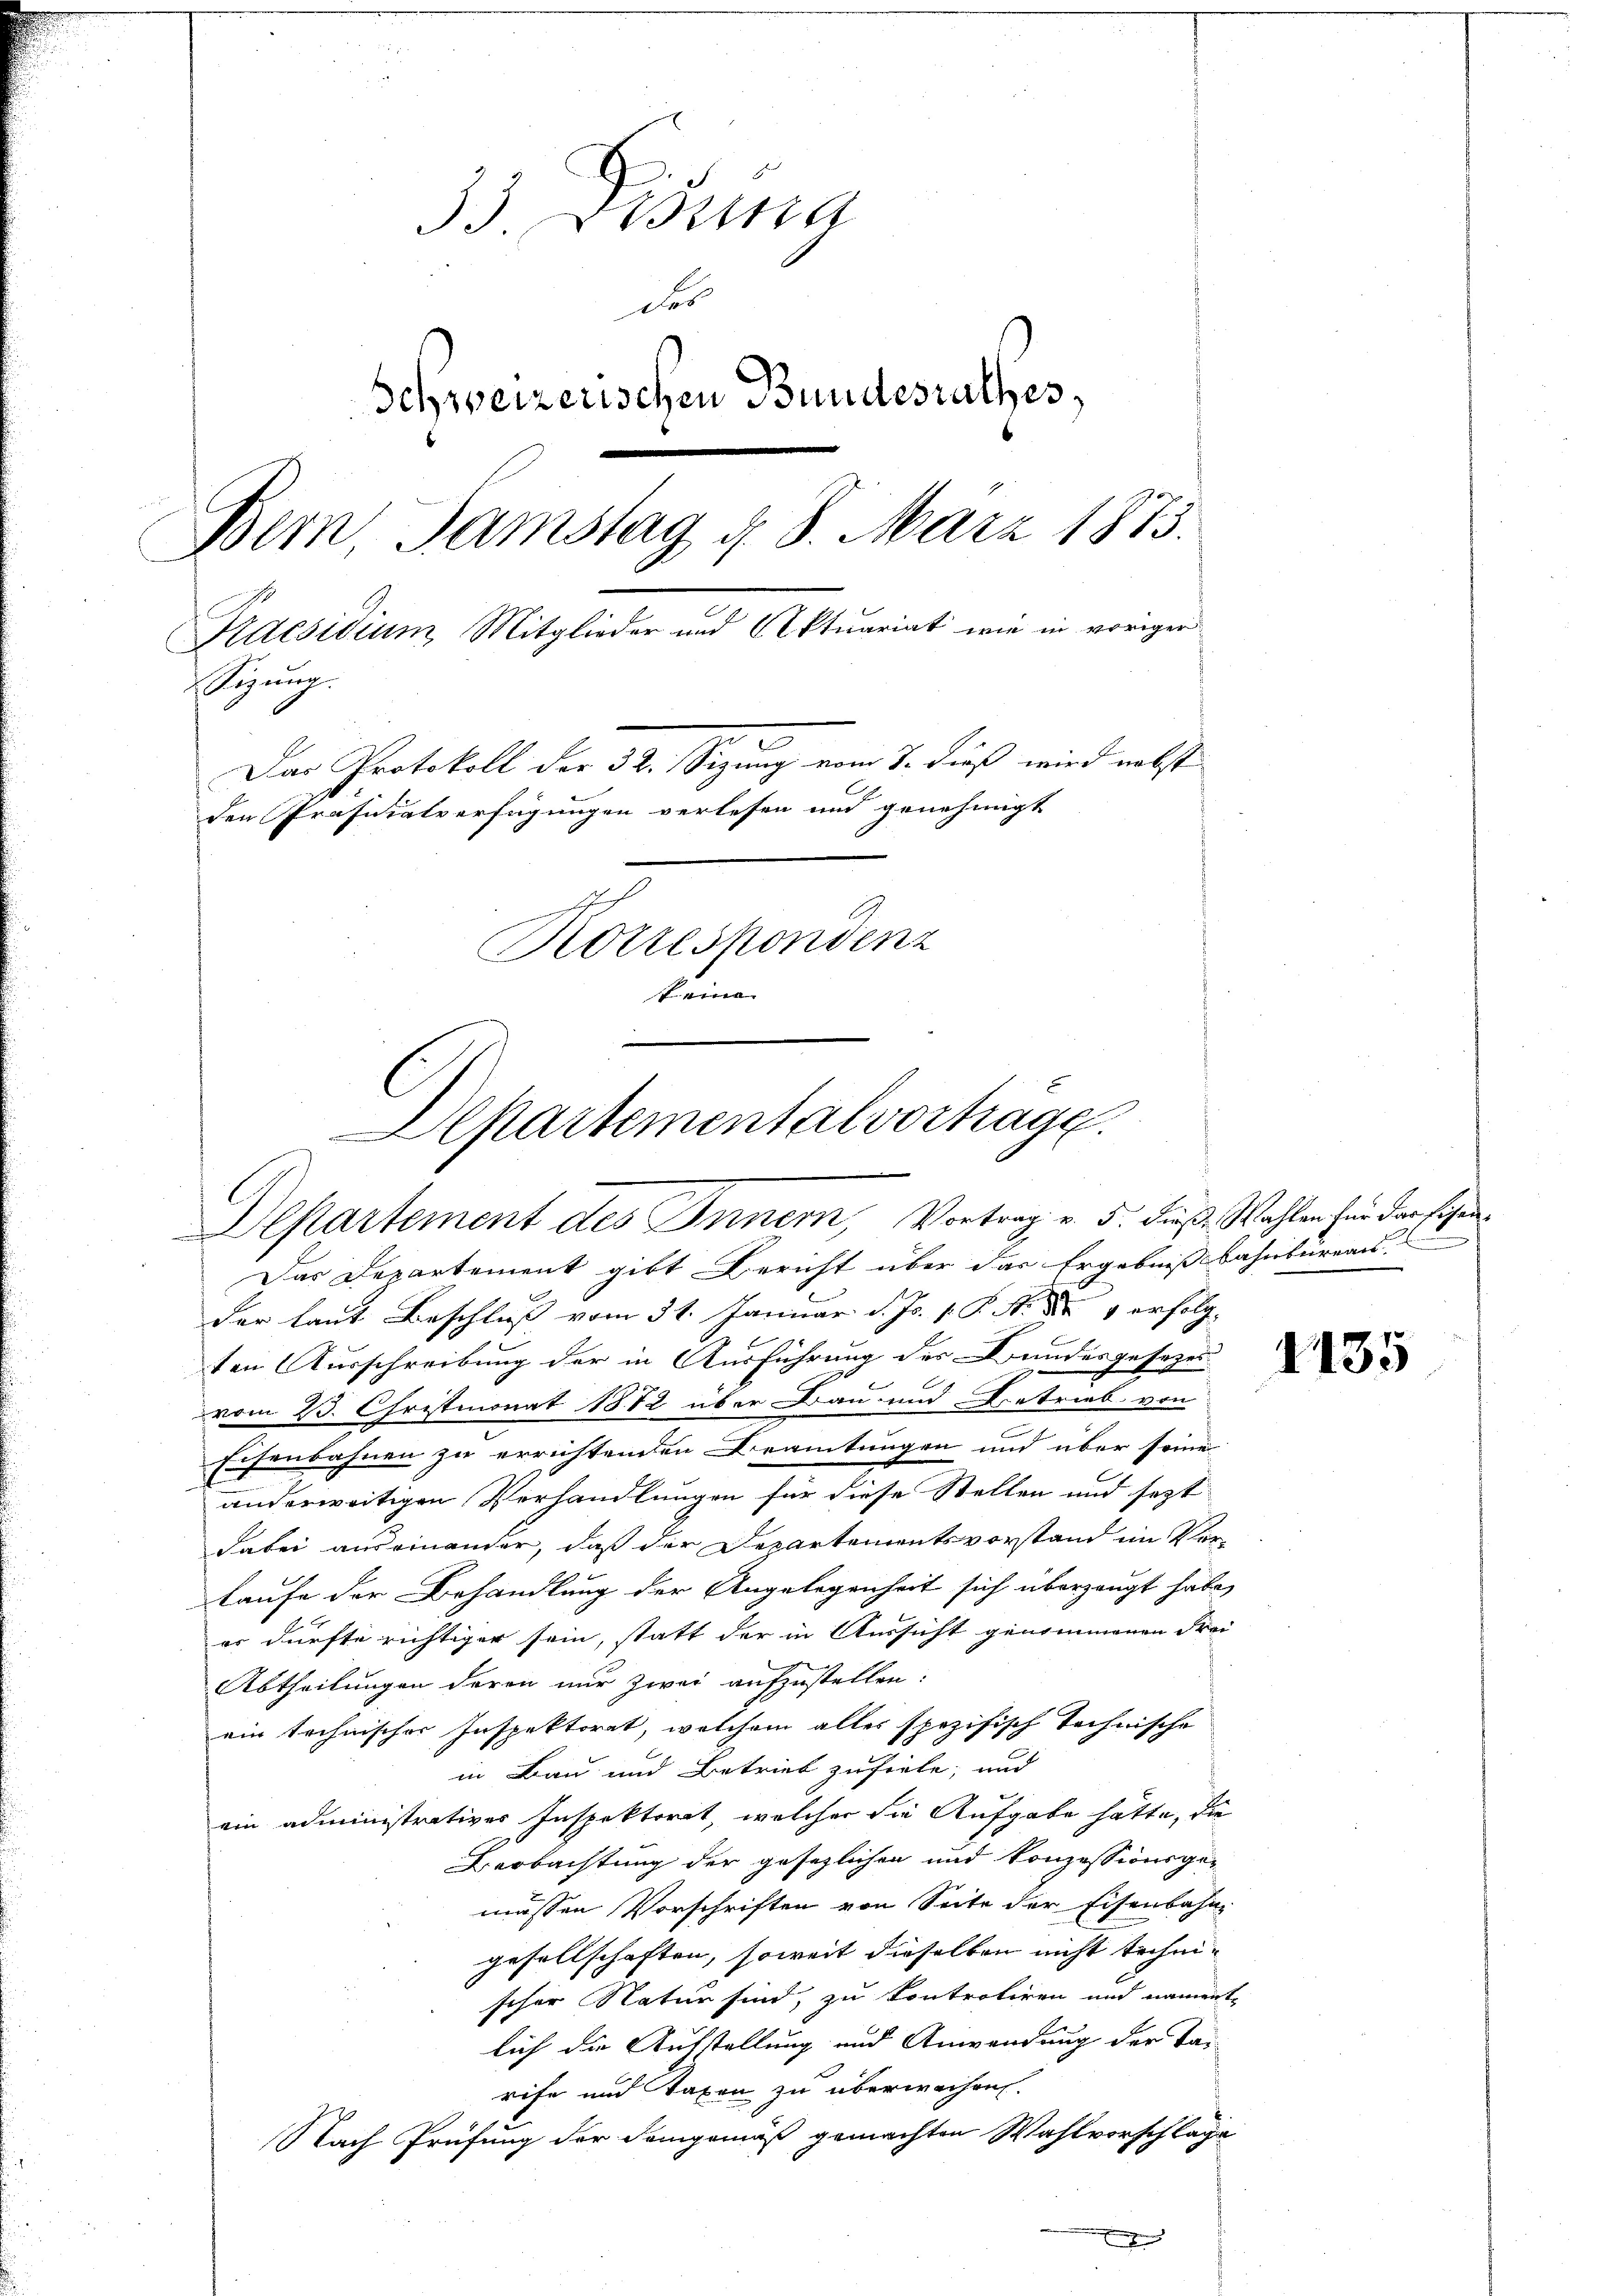
33. Disena
des
Schweizerischen Bundesrathes,
Bern Samstag d. 8. März 1873.
Praesidium Mitglieder und Aktuariat wie in vorigen
sigung.
Der Protokoll der 32. Sezung vom 7. Fuß wird nebst
den Präfuialverfügungen verlesen und genehmigt
Korrespondenz
feine

sartementalvortrage
Departement des Innern, Vortrag v. 5. dieß, Wahlen für der Eisen¬

Das Departement gibt Bericht über das Ergebniß bahnbureau
der laut Beschluß vom 31. Januar d. Js. v. P. N. N. 1 erfolg-
ten Ausschreibung der in Ausführung des Bundesgesezesvom 23. Christmonat 1872 über Bau und Betrieb von
Eisenbahnen zu errichtenden Beamtungen und über seine
anderweitigen Verhandlungen für diese Stellen und sezt
dabei auseinander, daß der Departementsvorstand im Vorlaufe der Behandlung der Angelegenheit sich überzeugt habe,
er dürfte richtiger sein, statt der in Aussicht genommenen Frei
Abtheilungen deren nur zwei aufzustellen:
ein technischer Inspektorat, welchem alles spezifisch technische
in Bau und Betrieb zufiele; und
ein administratives Inspektorat, welcher die Aufgabe hätte, die
Beobachtung der gesezlichen und Konzessionsge-
massen Vorschriften von Seite der Eisenbahn
gesellschaften, soweit dieselben nicht technischer Natur sind, zu kontrotiren und nament-
lich die Aufstellung und Anwendung der Sarife und Taxen zu überwachen.
Nach Prüfung der Demgemäß gemachten Wahlvorschläge
E

1435